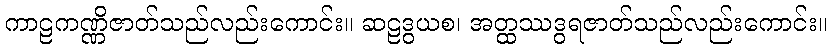
ကာဠကဏ္ဏိဇာတ်သည်လည်းကောင်း။ ဆဠဒွယစ၊ အတ္ထဿဒွရဇာတ်သည်လည်းကောင်း။